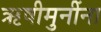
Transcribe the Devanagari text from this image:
ऋषीमुनींना